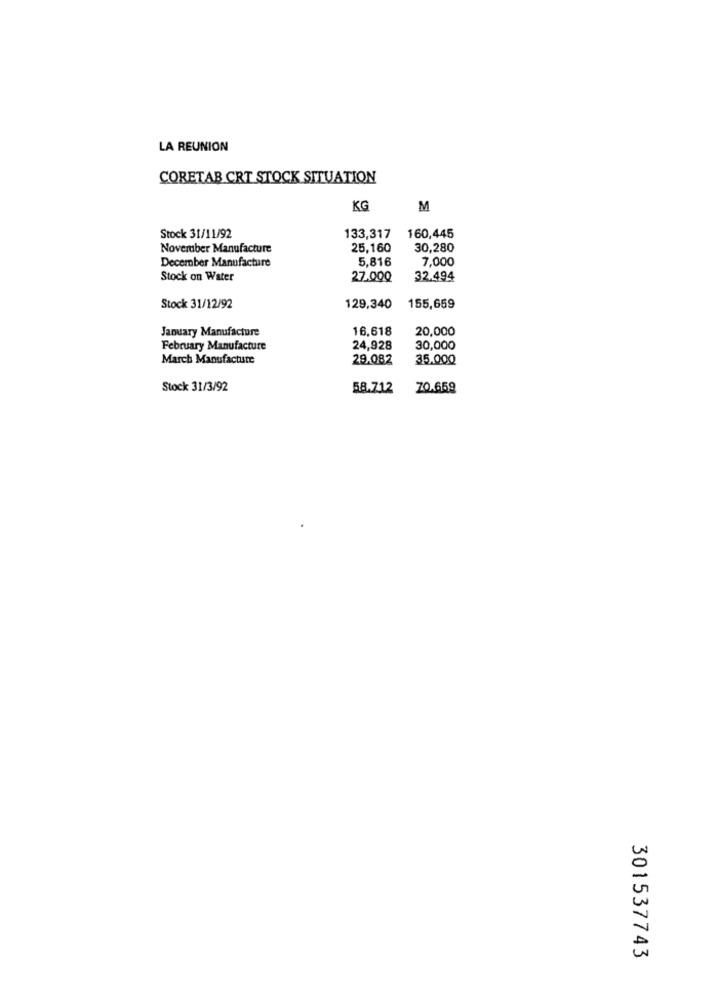
LA REUNION
CORETAB CRT STOCK SITUATION
KG
M
Stock 31/11/92
133,317
160,445
November Manufacture
25,160
30,280
December Manufacture
5,816
7,000
Stock on Water
27.000
32.494
Stock 31/12/92
129,340
155,659
January Manufacture
16,618
20,000
February Manufacture
24,928
30,000
March Manufacture
29.082
35.000
Stock 31/3/92
58.712
70.659
301537743